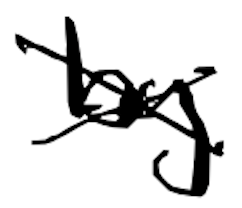
Text: by
Cross-out: cross
Writing tool: digital_black